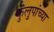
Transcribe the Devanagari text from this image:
कुलुपांच्या